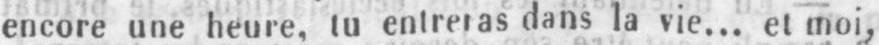
encore une heure, tu entreras dans la vie... et moi,